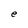
Character: S